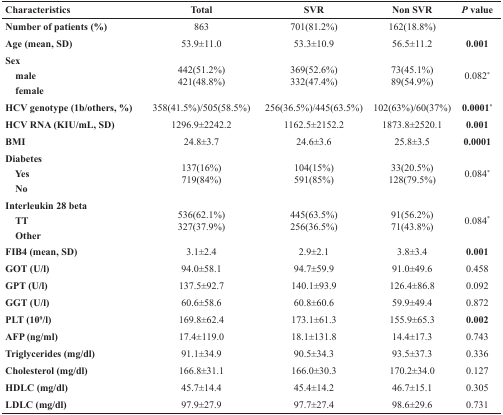
<table><thead><tr><td><b>Characteristics</b></td><td><b>Total</b></td><td><b>SVR</b></td><td><b>Non SVR</b></td><td><b><i>P</i> value</b></td></tr></thead><tbody><tr><td><b>Number of patients (%)</b></td><td>863</td><td>701(81.2%)</td><td>162(18.8%)</td><td></td></tr><tr><td><b>Age (mean, SD)</b></td><td>53.9±11.0</td><td>53.3±10.9</td><td>56.5±11.2</td><td><b>0.001</b></td></tr><tr><td><b>Sex</b><b> male</b><b> female</b></td><td>442(51.2%)421(48.8%)</td><td>369(52.6%)332(47.4%)</td><td>73(45.1%)89(54.9%)</td><td>0.082<sup>*</sup></td></tr><tr><td><b>HCV genotype (1b/others, %)</b></td><td>358(41.5%)/505(58.5%)</td><td>256(36.5%)/445(63.5%)</td><td>102(63%)/60(37%)</td><td><b>0.0001<sup>*</sup></b></td></tr><tr><td><b>HCV RNA (KIU/mL, SD)</b></td><td>1296.9±2242.2</td><td>1162.5±2152.2</td><td>1873.8±2520.1</td><td><b>0.001</b></td></tr><tr><td><b>BMI</b></td><td>24.8±3.7</td><td>24.6±3.6</td><td>25.8±3.5</td><td><b>0.0001</b></td></tr><tr><td><b>Diabetes</b><b> Yes</b><b> No</b></td><td>137(16%)719(84%)</td><td>104(15%)591(85%)</td><td>33(20.5%)128(79.5%)</td><td>0.084<sup>*</sup></td></tr><tr><td><b>Interleukin 28 beta</b><b> TT</b><b> Other</b></td><td>536(62.1%)327(37.9%)</td><td>445(63.5%)256(36.5%)</td><td>91(56.2%)71(43.8%)</td><td>0.084<sup>*</sup></td></tr><tr><td><b>FIB4 (mean, SD)</b></td><td>3.1±2.4</td><td>2.9±2.1</td><td>3.8±3.4</td><td><b>0.001</b></td></tr><tr><td><b>GOT (U/l)</b></td><td>94.0±58.1</td><td>94.7±59.9</td><td>91.0±49.6</td><td>0.458</td></tr><tr><td><b>GPT (U/l)</b></td><td>137.5±92.7</td><td>140.1±93.9</td><td>126.4±86.8</td><td>0.092</td></tr><tr><td><b>GGT (U/l)</b></td><td>60.6±58.6</td><td>60.8±60.6</td><td>59.9±49.4</td><td>0.872</td></tr><tr><td><b>PLT (10<sup>9</sup>/l)</b></td><td>169.8±62.4</td><td>173.1±61.3</td><td>155.9±65.3</td><td><b>0.002</b></td></tr><tr><td><b>AFP (ng/ml)</b></td><td>17.4±119.0</td><td>18.1±131.8</td><td>14.4±17.3</td><td>0.743</td></tr><tr><td><b>Triglycerides (mg/dl)</b></td><td>91.1±34.9</td><td>90.5±34.3</td><td>93.5±37.3</td><td>0.336</td></tr><tr><td><b>Cholesterol (mg/dl)</b></td><td>166.8±31.1</td><td>166.0±30.3</td><td>170.2±34.0</td><td>0.127</td></tr><tr><td><b>HDLC (mg/dl)</b></td><td>45.7±14.4</td><td>45.4±14.2</td><td>46.7±15.1</td><td>0.305</td></tr><tr><td><b>LDLC (mg/dl)</b></td><td>97.9±27.9</td><td>97.7±27.4</td><td>98.6±29.6</td><td>0.731</td></tr></tbody></table>